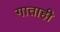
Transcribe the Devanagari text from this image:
गाताही